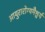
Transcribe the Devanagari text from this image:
आयुरारोग्यमैश्वर्यं